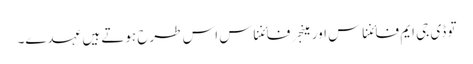
تو ڈی جی ایم فائنناس اور مینجر فائنناس اس طرح ہوتے ہیں عہدے۔